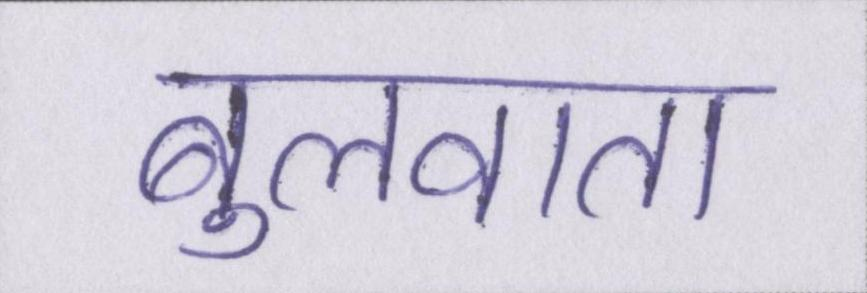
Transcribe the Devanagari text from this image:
बुलवाता